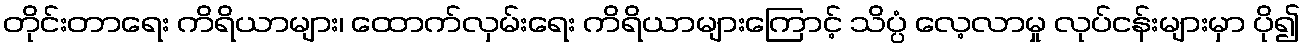
တိုင်းတာရေး ကိရိယာများ၊ ထောက်လှမ်းရေး ကိရိယာများကြောင့် သိပ္ပံ လေ့လာမှု လုပ်ငန်းများမှာ ပို၍